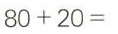
80+20=